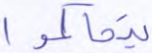
يتحاكموا